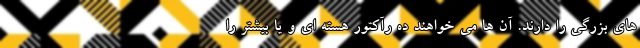
های بزرگی را دارند. آن ها می خواهند ده رآکتور هسته ای و یا بیشتر را